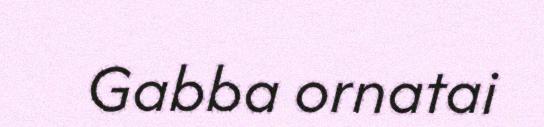
Gabba ornatai